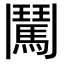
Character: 𮫕